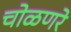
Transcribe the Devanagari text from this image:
चोळणरे